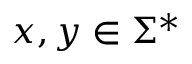
x , y \in \Sigma ^ { * }